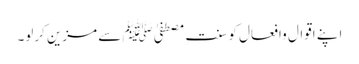
اپنے اقوال وافعال کو سنتِ مصطفیٰﷺ سے مزین کرلو۔